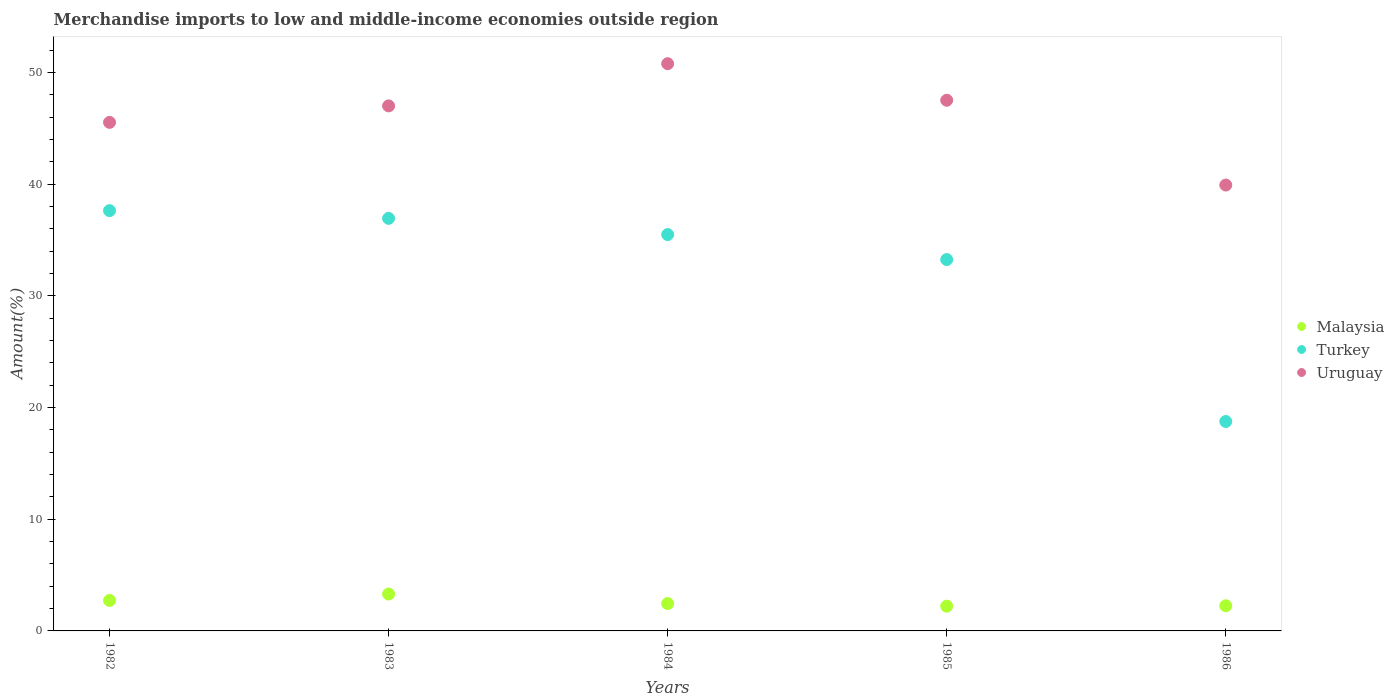
| Years | Malaysia | Turkey | Uruguay |
 | --- | --- | --- | --- |
 | 1982 | 2.73 | 37.6 | 45.5 |
 | 1983 | 3.3 | 36.9 | 47 |
 | 1984 | 2.45 | 35.5 | 50.8 |
 | 1985 | 2.21 | 33.2 | 47.5 |
 | 1986 | 2.25 | 18.7 | 39.9 |